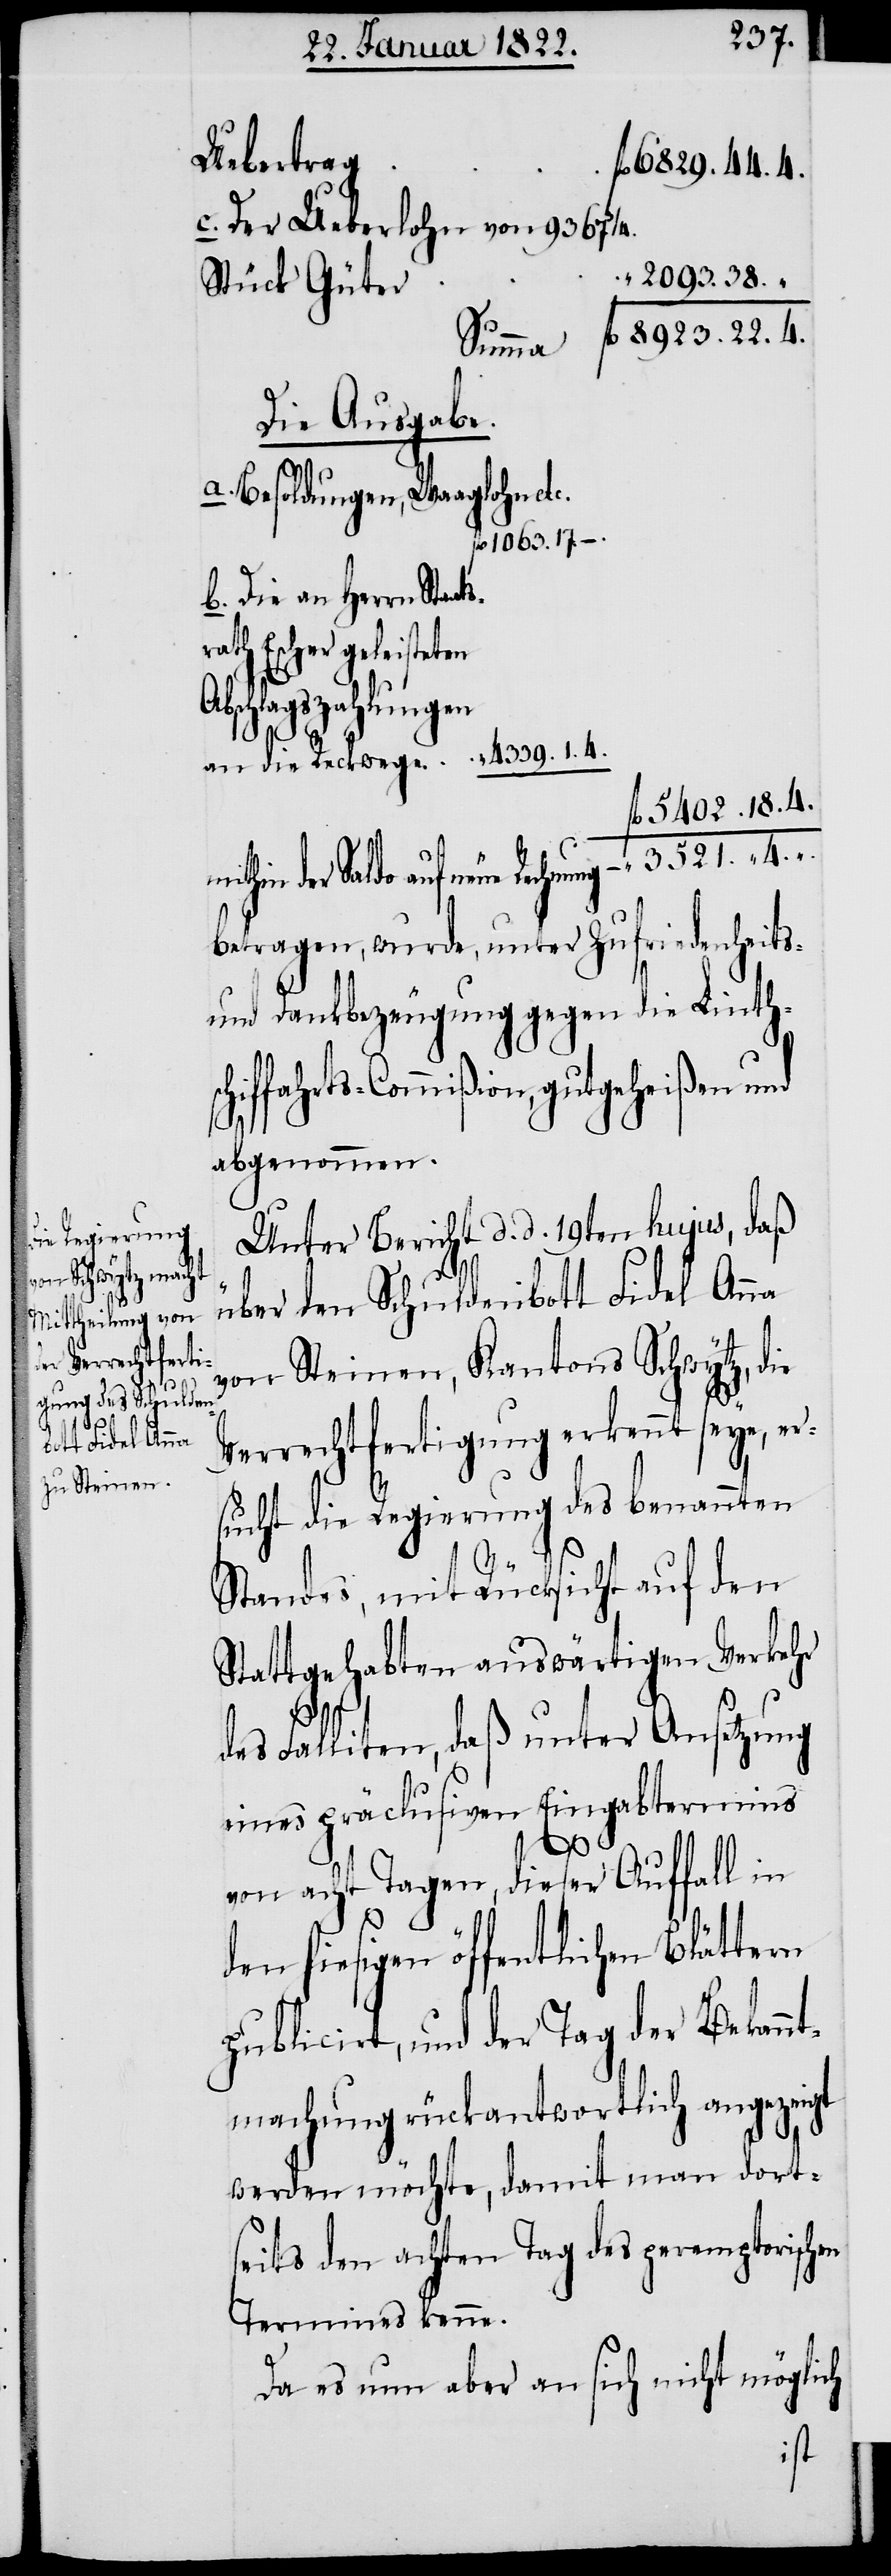
4.“

Uebertrag
fl. 6329.44.4
c. Der Ueberlohn von 9367 3/4
“ 2093.38. “.
Stück Güter
fl. 8923.22.4.
Summa
Die Ausgabe.
a. Besoldungen, Waaglohn etc.
fl. 1063.17. –
b. Die an Herrn Staa¬
th Escher geleisteten
schlagszahlungen
“ 4339. 1. 4.
an die Reckwege.
fl. 5402.18.4
mithin der Saldo auf neue Rechnung
betragen, wurde, unter Zufriedenheits-
und Dankbezeugung gegen die Linth¬
schiffahrts-Commißion, gutgeheißen und
Ab¬
abgenommen.
Unter Bericht d. d. 18ten hujus, daß
über den Schuldenbott Fidel Anna
von Steinen, Kantons Schwytz, die
Verrechtfertigung erkennt seye, er¬
sucht die Regierung des benannten
Standes, mit Rücksicht auf den
Stattgehabten auswärtigen Verkehr
rn
des Falliten, daß unter Ansetzung
eines präclusiven Eingabtermins
3521.
von acht Tagen, dieser Auffall in
den hiesigen öffentlichen Blätte¬
publicirt, und der Tag der Bekann¬
tmachung rückantwortlich angezeigt
werden möchte, damit man dort¬
seits den achten Tag des peremptorischen
Termines kenne.
Da es nun aber an sich nicht möglich